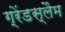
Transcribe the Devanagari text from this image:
ग्रेंडस्लैम